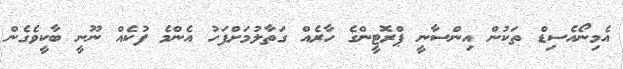
އެމިނޯއެސިޑް ތަކުން އިންސާނީ ޕްރޮޓީންގެ ހާރެއް ގަތާލުމަށްފަހު އެންމެ ފުކެއް ނޫނީ ބާކީވެގެން